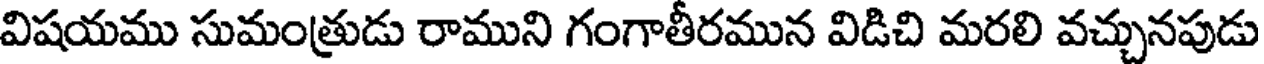
విషయము సుమంత్రుడు రాముని గంగాతీరమున విడిచి మరలి వచ్చునపుడు